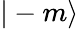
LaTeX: |-m\rangle